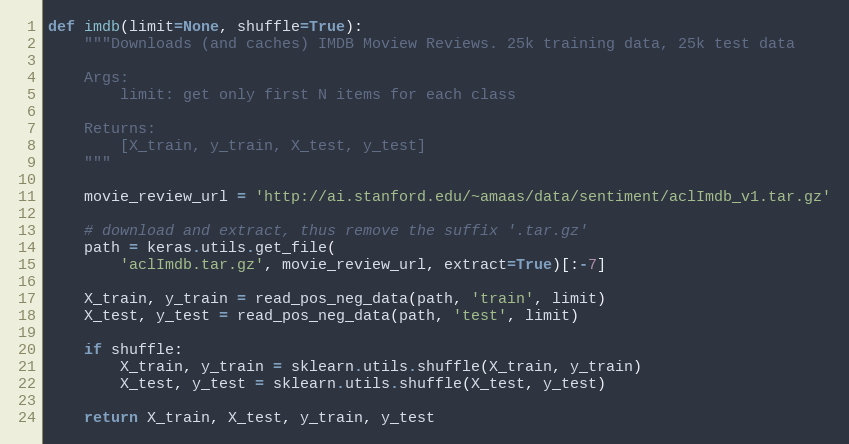
Language: Python
def imdb(limit=None, shuffle=True):
    """Downloads (and caches) IMDB Moview Reviews. 25k training data, 25k test data

    Args:
        limit: get only first N items for each class

    Returns:
        [X_train, y_train, X_test, y_test]
    """

    movie_review_url = 'http://ai.stanford.edu/~amaas/data/sentiment/aclImdb_v1.tar.gz'

    # download and extract, thus remove the suffix '.tar.gz'
    path = keras.utils.get_file(
        'aclImdb.tar.gz', movie_review_url, extract=True)[:-7]

    X_train, y_train = read_pos_neg_data(path, 'train', limit)
    X_test, y_test = read_pos_neg_data(path, 'test', limit)

    if shuffle:
        X_train, y_train = sklearn.utils.shuffle(X_train, y_train)
        X_test, y_test = sklearn.utils.shuffle(X_test, y_test)

    return X_train, X_test, y_train, y_test